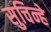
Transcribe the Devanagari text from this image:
सुचिन्हे